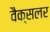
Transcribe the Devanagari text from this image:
वैक्सलर